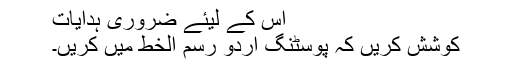
اس کے لیئے ضروری ہدایات
کوشش کریں کہ پوسٹنگ اردو رسم الخط میں کریں۔